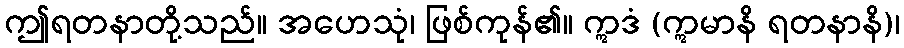
ဤရတနာတို့သည်။ အဟေသုံ၊ ဖြစ်ကုန်၏။ ဣဒံ (ဣမာနိ ရတနာနိ)၊